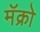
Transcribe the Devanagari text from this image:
मॅक्रो